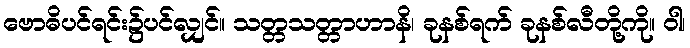
ဗောဓိပင်ရင်း၌ပင်လျှင်။ သတ္တသတ္တာဟာနိ၊ ခုနစ်ရက် ခုနစ်လီတို့ကို။ ဝါ၊